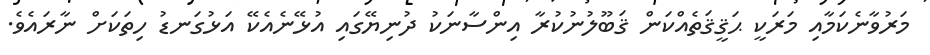
މަރުވާނެކަމާއި މަރަކީ ޙަޤީޤަތެއްކަން ޤަބޫލުނުކުރާ އިންސާނަކު ދުނިޔޭގައި އުޅޭނެއެކޭ އަޅުގަނޑު ހިތަކަށް ނާރައެވެ.